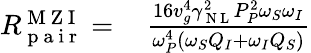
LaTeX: \begin{array}{rl}{R_{\mathrm{~p~a~i~r~}}^{\mathrm{~M~Z~I~}}=\, }&{{}\frac{16v_{g}^{4}\gamma_{\mathrm{~N~L~}}^{2}P_{P}^{2}\omega_{S}\omega_{I}}{\omega_{P}^{4}\left(\omega_{S}Q_{I}+\omega_{I}Q_{S}\right)}}\end{array}